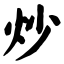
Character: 炒